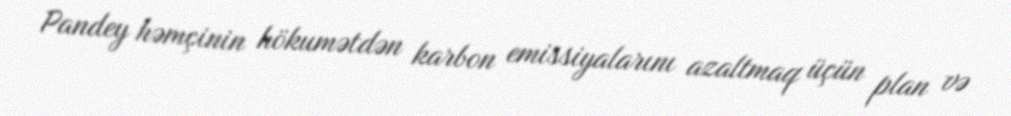
Pandey həmçinin hökumətdən karbon emissiyalarını azaltmaq üçün plan və